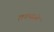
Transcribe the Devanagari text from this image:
लगभगसे